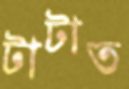
টাটাত